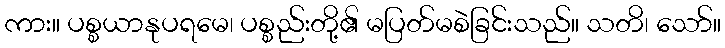
ကား။ ပစ္စယာနုပရမေ၊ ပစ္စည်းတို့၏ မပြတ်မစဲခြင်းသည်။ သတိ၊ သော်။